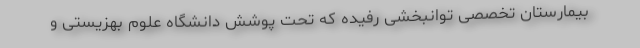
بیمارستان تخصصی توانبخشی رفیده که تحت پوشش دانشگاه علوم بهزیستی و